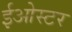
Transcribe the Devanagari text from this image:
ईओस्टर